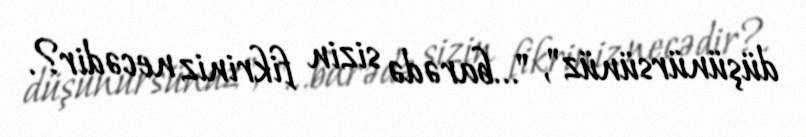
düşünürsünüz", "...barədə sizin fikriniz necədir?.